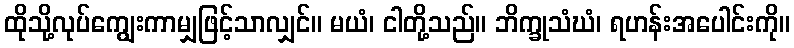
ထိုသို့လုပ်ကျွေးကာမျှဖြင့်သာလျှင်။ မယံ၊ ငါတို့သည်။ ဘိက္ခုသံဃံ၊ ရဟန်းအပေါင်းကို။